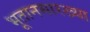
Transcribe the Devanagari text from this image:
भूतानसारख्या